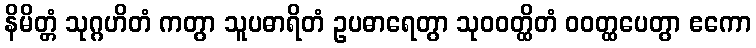
နိမိတ္တံ သုဂ္ဂဟိတံ ကတွာ သူပဓာရိတံ ဥပဓာရေတွာ သုဝဝတ္ထိတံ ဝဝတ္ထပေတွာ ဧကော